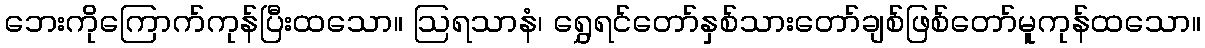
ဘေးကိုကြောက်ကုန်ပြီးထသော။ ဩရသာနံ၊ ရွှေရင်တော်နှစ်သားတော်ချစ်ဖြစ်တော်မူကုန်ထသော။